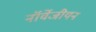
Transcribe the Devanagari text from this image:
नॉर्वेजीयन